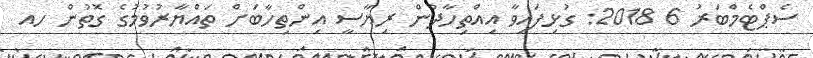
ސެޕްޓެމްބަރު 6 2018: ގުޅިފައިވާ އިއްތިހާދުން ރިޔާސީ އިންތިހާބަށް ތައްޔާރުވުމުގެ ގޮތުން ހއ